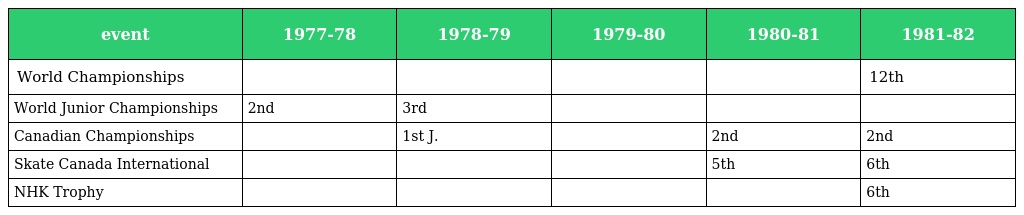
| event | 1977-78 | 1978-79 | 1979-80 | 1980-81 | 1981-82 |
 | --- | --- | --- | --- | --- | --- |
 | World Championships |  |  |  |  | 12th |
 | World Junior Championships | 2nd | 3rd |  |  |  |
 | Canadian Championships |  | 1st J. |  | 2nd | 2nd |
 | Skate Canada International |  |  |  | 5th | 6th |
 | NHK Trophy |  |  |  |  | 6th |